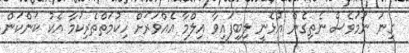
ގިނަ ނަމަވެސް ނެތިގެން އުޅެނީ ލިބިފައިވާ އިލްމާ އެއްވަރަށް ހިކުމަތްތެރިކަމާ އެކު ކަންކަން